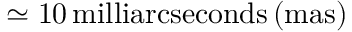
\simeq 1 0 \, \mathrm { m i l l i a r c s e c o n d s \, ( m a s ) }